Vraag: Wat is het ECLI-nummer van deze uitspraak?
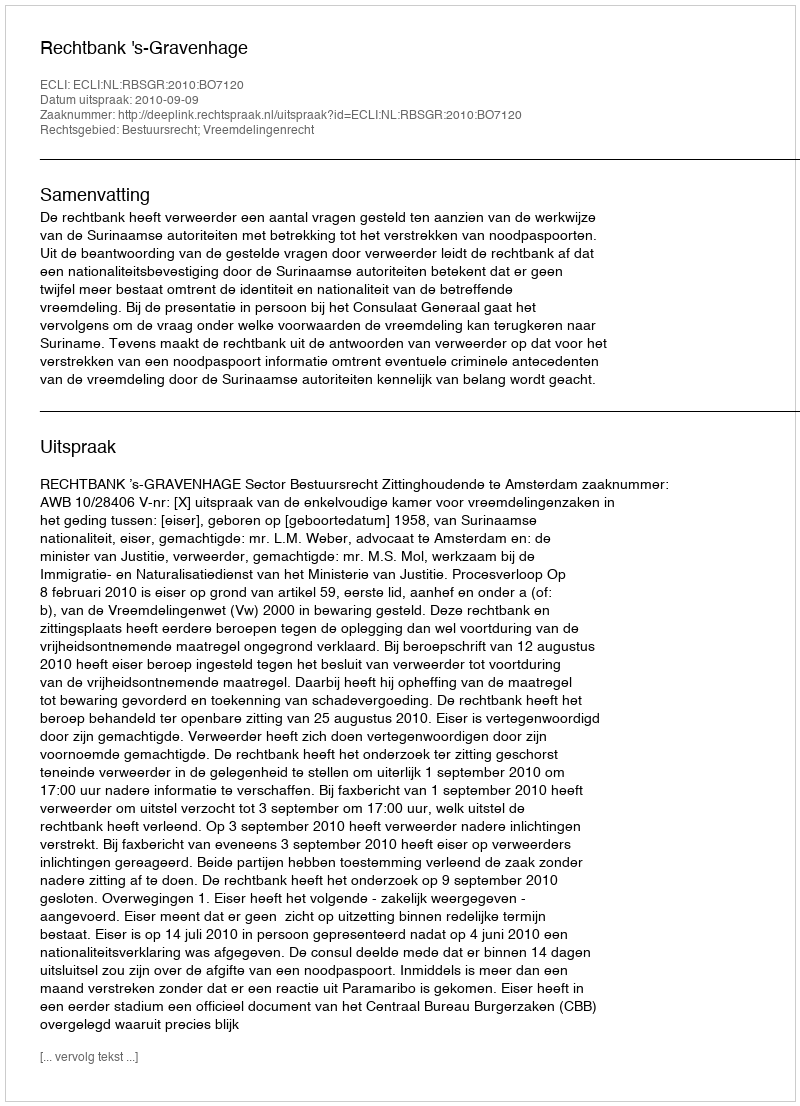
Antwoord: ECLI:NL:RBSGR:2010:BO7120